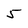
Character: 5